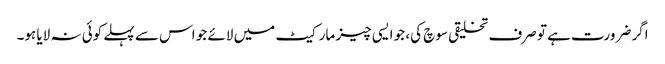
اگر ضرورت ہے تو صرف تخلیقی سوچ کی، جو ایسی چیز مارکیٹ میں لائے جو اس سے پہلے کوئی نہ لایا ہو۔